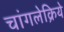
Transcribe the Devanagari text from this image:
चांगलेक्रिये